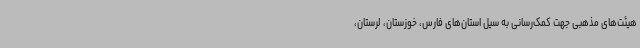
هیئت‌های مذهبی جهت کمک‌رسانی به سیل‌ استان‌های فارس، خوزستان، لرستان،